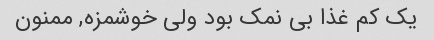
یک کم غذا بی نمک بود ولی خوشمزه, ممنون